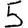
Digit: 5